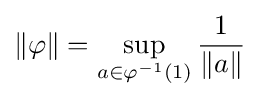
\|\varphi \|=\sup _{a\in \varphi ^{-1}(1)}{\frac {1}{\|a\|}}